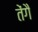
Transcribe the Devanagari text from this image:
तेंगै